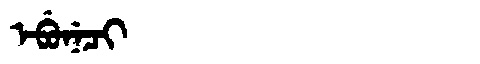
Manchu: ᡝᠪᡠᠨᡝᠴᡳ
Romanization: EBUNECI